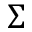
\Sigma